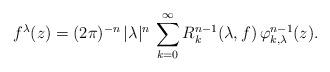
LaTeX: \begin{align*} f^\lambda(z) = (2\pi)^{-n}\, |\lambda|^n \, \sum_{k=0}^\infty R_k^{n-1}(\lambda, f)\, \varphi_{k,\lambda}^{n-1}(z).\end{align*}